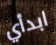
ابدأي